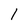
Character: 1